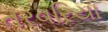
તરવરિયા